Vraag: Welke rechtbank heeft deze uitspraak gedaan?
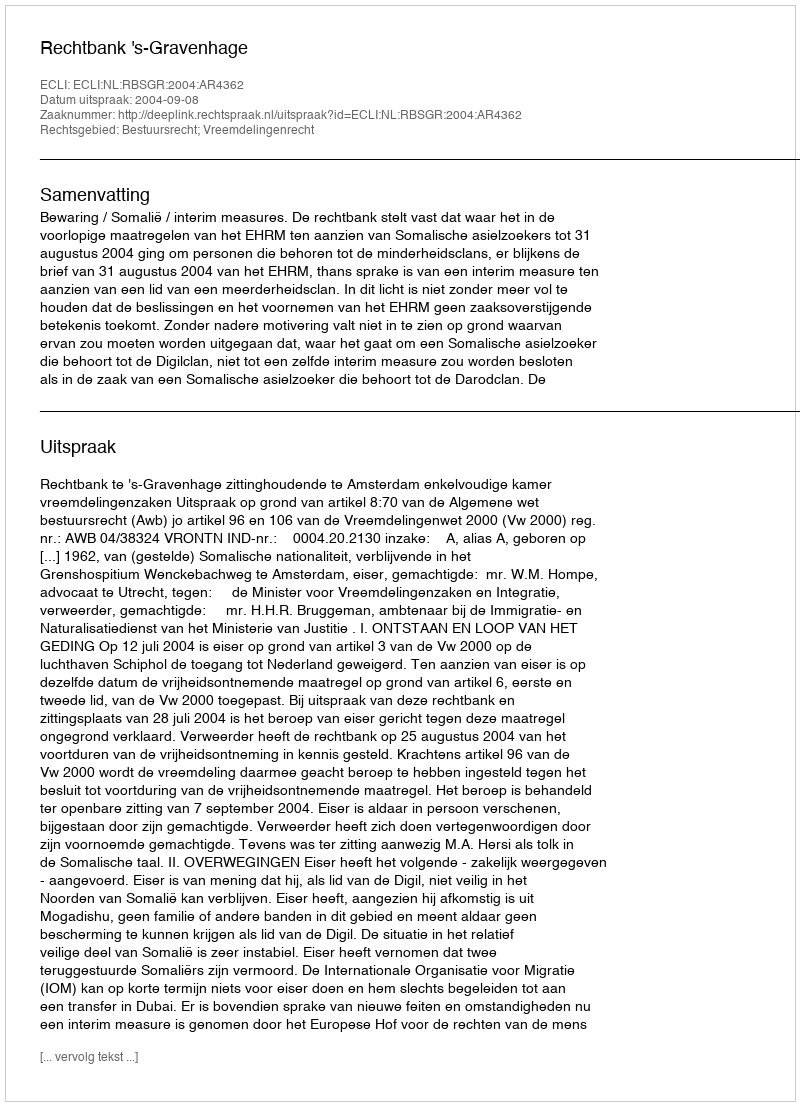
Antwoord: Rechtbank 's-Gravenhage